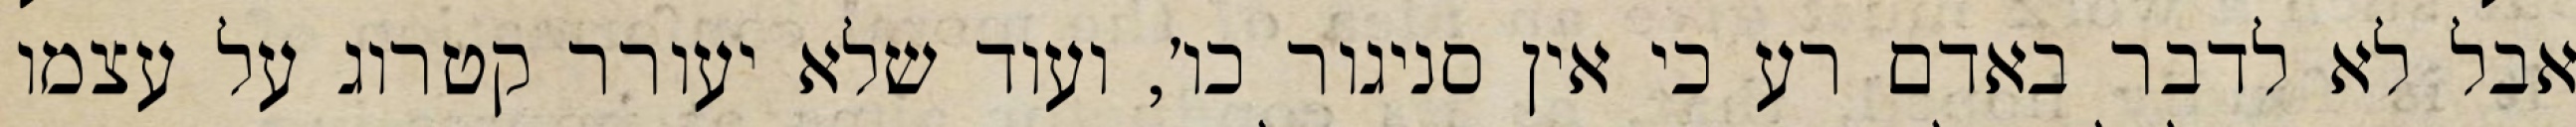
אבל לא לדבר באדם רע כי אין סניגור כו׳, ועוד שלא יעורר קטרוג על עצמו